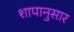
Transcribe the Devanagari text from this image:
शापानुसार